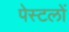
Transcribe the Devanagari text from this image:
पेस्टलों